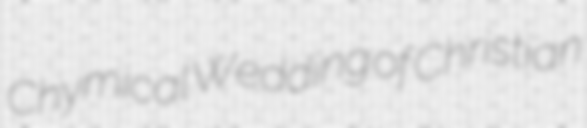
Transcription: Chymical Wedding of Christian